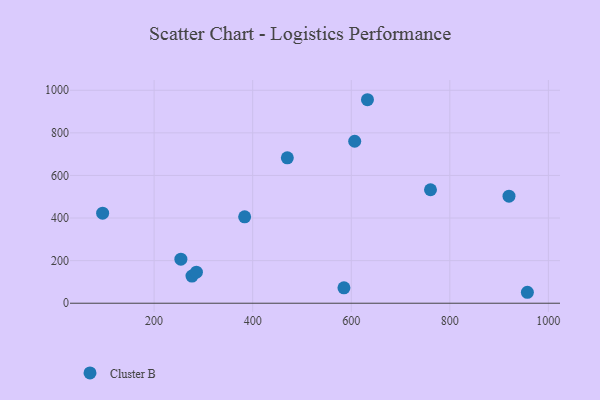
{"axis": {"x": "Engine Size", "y": "Rating"}, "legend": ["Cluster B"], "data": [{"x": "254.3", "y": 207.0, "type": "Cluster B"}, {"x": "957.4", "y": 51.4, "type": "Cluster B"}, {"x": "470.3", "y": 682.6, "type": "Cluster B"}, {"x": "760.8", "y": 532.8, "type": "Cluster B"}, {"x": "607.0", "y": 760.5, "type": "Cluster B"}, {"x": "276.8", "y": 127.3, "type": "Cluster B"}, {"x": "920.1", "y": 502.7, "type": "Cluster B"}, {"x": "632.9", "y": 955.6, "type": "Cluster B"}, {"x": "383.7", "y": 405.9, "type": "Cluster B"}, {"x": "285.8", "y": 145.6, "type": "Cluster B"}, {"x": "95.5", "y": 423.0, "type": "Cluster B"}, {"x": "585.2", "y": 72.5, "type": "Cluster B"}]}